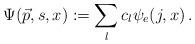
LaTeX: \begin{align*}\Psi ({\vec p}, s, x) := \sum_l c_l \psi_e (j, x) \,.\end{align*}